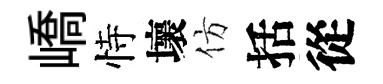
嶠恃壞仿括從